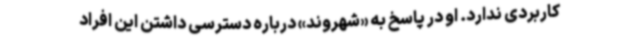
کاربردی ندارد. او در پاسخ به «شهروند» درباره دسترسی داشتن این افراد